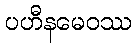
ပဟီနမေဝဿ